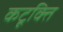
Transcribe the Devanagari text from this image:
कटूक्ति